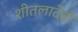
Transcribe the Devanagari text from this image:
शीतलादेवी